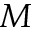
M